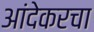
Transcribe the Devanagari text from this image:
आंदेकरचा